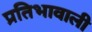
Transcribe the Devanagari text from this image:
प्रतिभावाली